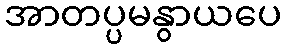
အာတပ္ပမနွာယပေ